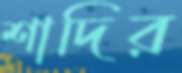
শাদির